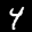
Label: 4